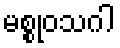
မစ္စုဝသဂါ